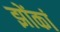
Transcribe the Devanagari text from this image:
झोंकां